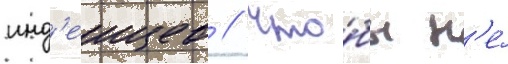
инд'еицев // Что́бы н'е́